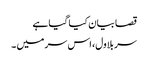
قصا بیان کیا گیا ہے
سر بلاول، اس سر میں ۔